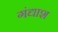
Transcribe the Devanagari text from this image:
गंद्याश